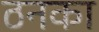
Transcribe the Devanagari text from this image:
ठनका